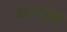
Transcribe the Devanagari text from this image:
नाकाटॉमी